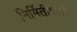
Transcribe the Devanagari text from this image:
निर्मितीचाही